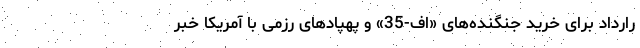
رارداد برای خرید جنگنده‌های «اف-35» و پهپادهای رزمی با آمریکا خبر